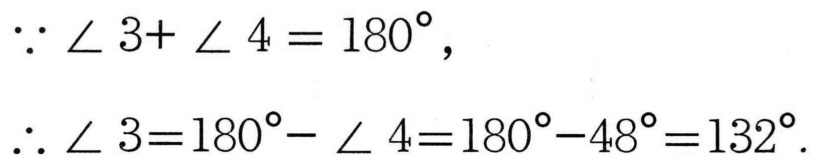
\(\because \angle 3+\angle 4 = 180^{\circ},\)
\(\therefore \angle 3=180^{\circ}-\angle 4=180^{\circ}-48^{\circ}=132^{\circ}.\)